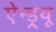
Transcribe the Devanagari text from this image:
ऐन्ड्र्यू